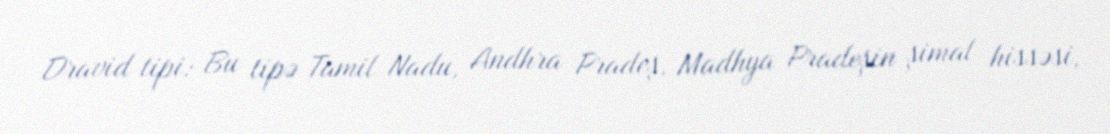
Dravid tipi: Bu tipə Tamil Nadu, Andhra Pradeş, Madhya Pradeşin şimal hissəsi,